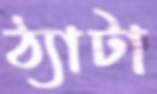
ঠ্যাটা